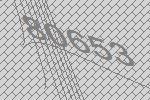
80653